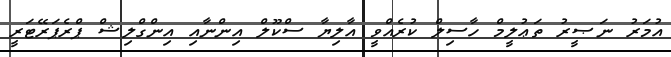
އުމަރު ނަޞީރު ތަޢުލީމް ހާސިލް ކުރެއްވީ އާލިޔާ ސްކޫލް އިންނާއި އިންގްލިޝް ޕްރެޕަރޭޓަރީ